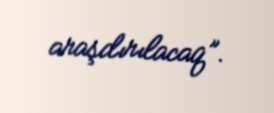
araşdırılacaq”.